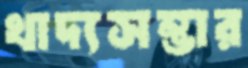
খাদ্যসম্ভার